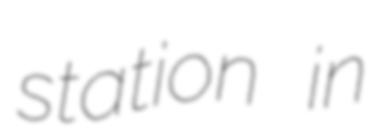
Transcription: station in